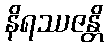
နိရဿဇန္တိ